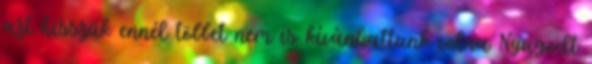
azt hisszük ennél többet nem is kívánhattunk volna Nyugodt